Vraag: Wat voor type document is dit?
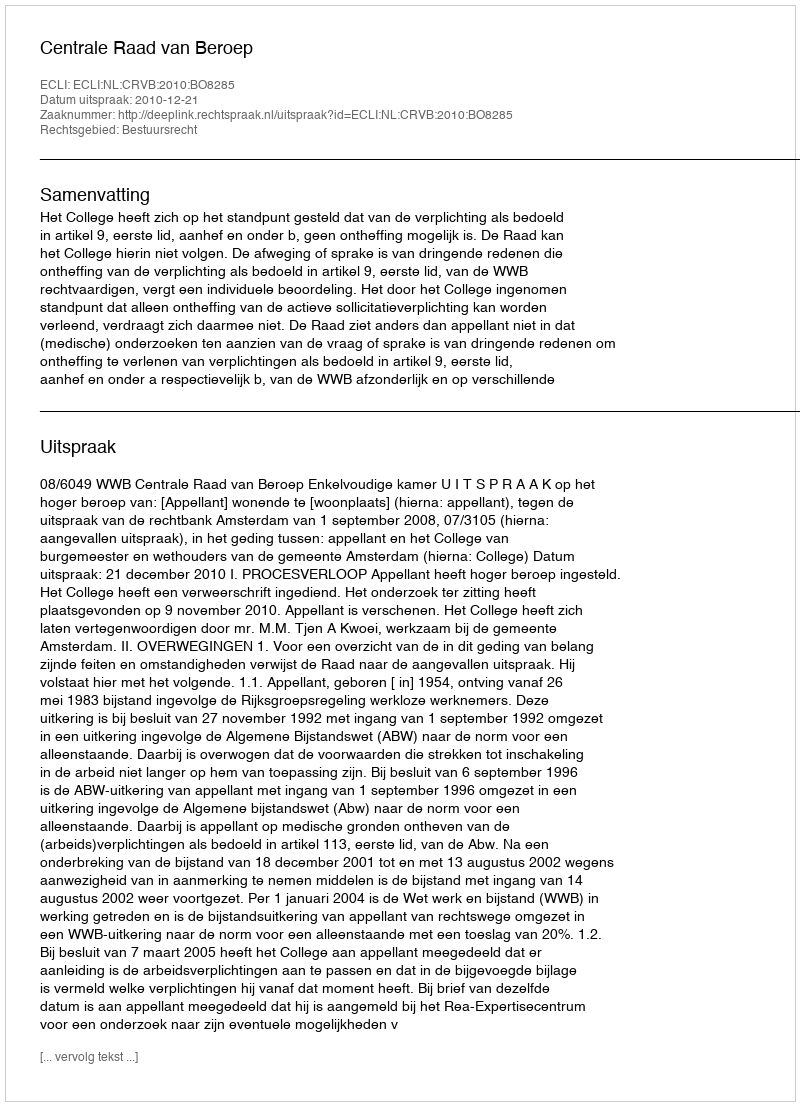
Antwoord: Uitspraak